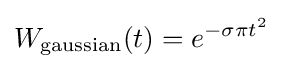
W_{\text{gaussian}}(t)=e^{-\sigma \pi t^{2}}